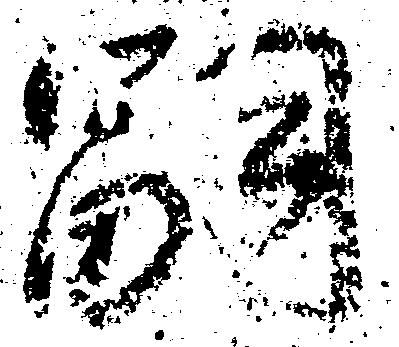
嗣